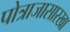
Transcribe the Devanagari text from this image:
पोत्राजासारखा